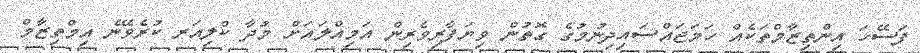
ފަސޭހަ އިންތިޒާމްތަކެއް ހަމަޖައްސައިދިނުމުގެ ގޮތުން ވިޔަފާރިވެރިން އަމިއްލައަށް މުދާ ކްލިއަރ ކުރެވޭނެ އިމްތިޒާމް